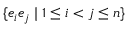
\{ e _ { i } e _ { j } \mid 1 \leq i < j \leq n \}